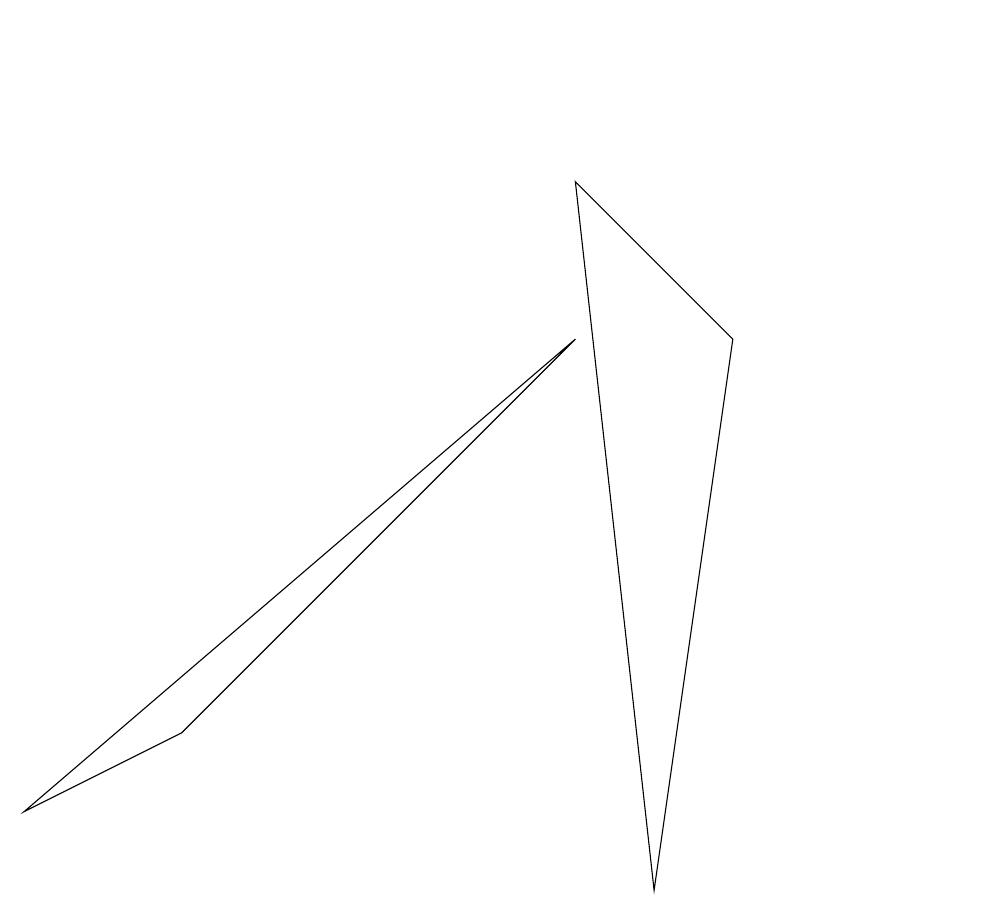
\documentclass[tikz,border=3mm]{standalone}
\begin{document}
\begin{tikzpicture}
\draw (0,1) -- (7,7) -- (2,2) -- cycle;
\draw (12,11) circle (0);
\draw (7,9) -- (9,7) -- (8,0) -- cycle;
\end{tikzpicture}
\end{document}